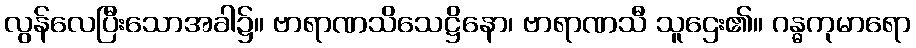
လွန်လေပြီးသောအခါ၌။ ဗာရာဏသိသေဋ္ဌိနော၊ ဗာရာဏသီ သူဌေး၏။ ဂန္ဓကုမာရော